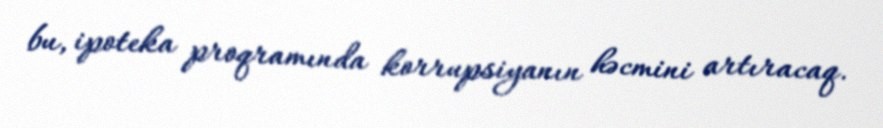
bu, ipoteka proqramında korrupsiyanın həcmini artıracaq.